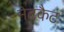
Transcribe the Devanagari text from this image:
नेटकैट